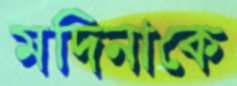
মদিনাকে